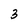
Character: 3